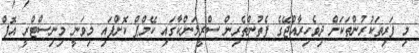
މި ފަރިތަކުރުންތަކަށް ދިވެހިރާއްޖޭގެ ފެތުންތެރިން ސްރީލަންކާގައި ކޭމްޕް ކޮށްފައި މިވަނީ މިނިސްޓްރީ އޮފް